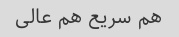
هم سریع هم عالی